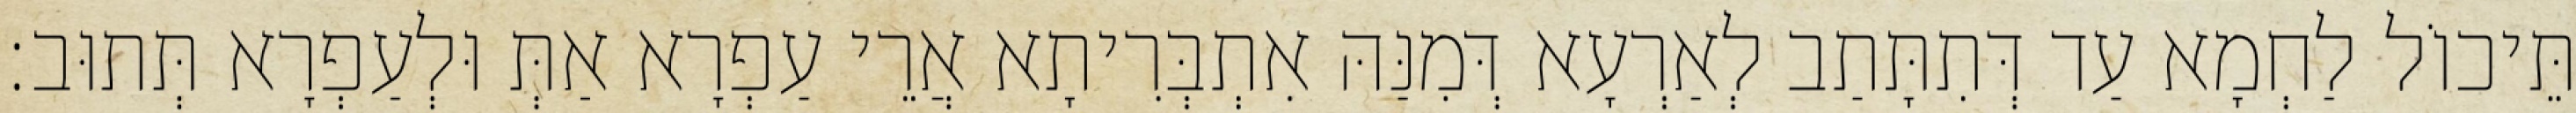
תֵּיכוֹל לַחְמָא עַד דְּתִתָּתַב לְאַרְעָא דְּמִנַּהּ אִתְבְּרִיתָא אֲרֵי עַפְרָא אַתְּ וּלְעַפְרָא תְּתוּב׃